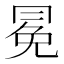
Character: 冕